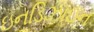
ઇનડિઝાઇન